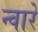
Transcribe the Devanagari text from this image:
न्वारे